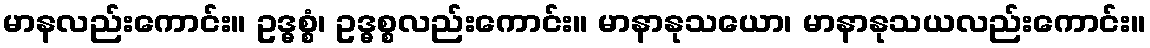
မာနလည်းကောင်း။ ဥဒ္ဓစ္စံ၊ ဥဒ္ဓစ္စလည်းကောင်း။ မာနာနုသယော၊ မာနာနုသယလည်းကောင်း။